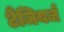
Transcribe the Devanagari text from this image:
टैंजियर्ज